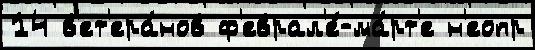
14 в'ет'ера́нов ф'еврал'е́-ма́рт'е н'еопр